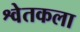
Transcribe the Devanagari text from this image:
श्वेतकला